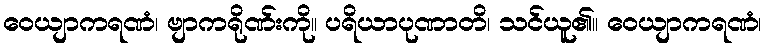
ဝေယျာကရဏံ၊ ဗျာကရိုဏ်းကို။ ပရိယာပုဏာတိ၊ သင်ယူ၏။ ဝေယျာကရဏံ၊